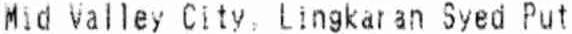
MID VALLEY CITY, LINGKARAN SYED PUT